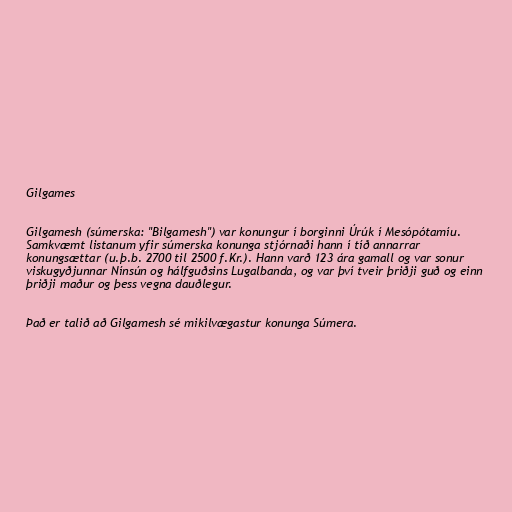
Gilgames

Gilgamesh (súmerska: "Bilgamesh") var konungur í borginni Úrúk í Mesópótamíu.
Samkvæmt listanum yfir súmerska konunga stjórnaði hann í tíð annarrar
konungsættar (u.þ.b. 2700 til 2500 f.Kr.). Hann varð 123 ára gamall og var sonur
viskugyðjunnar Nínsún og hálfguðsins Lugalbanda, og var því tveir þriðji guð og einn
þriðji maður og þess vegna dauðlegur.

Það er talið að Gilgamesh sé mikilvægastur konunga Súmera.